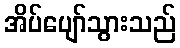
အိပ်ပျော်သွားသည်